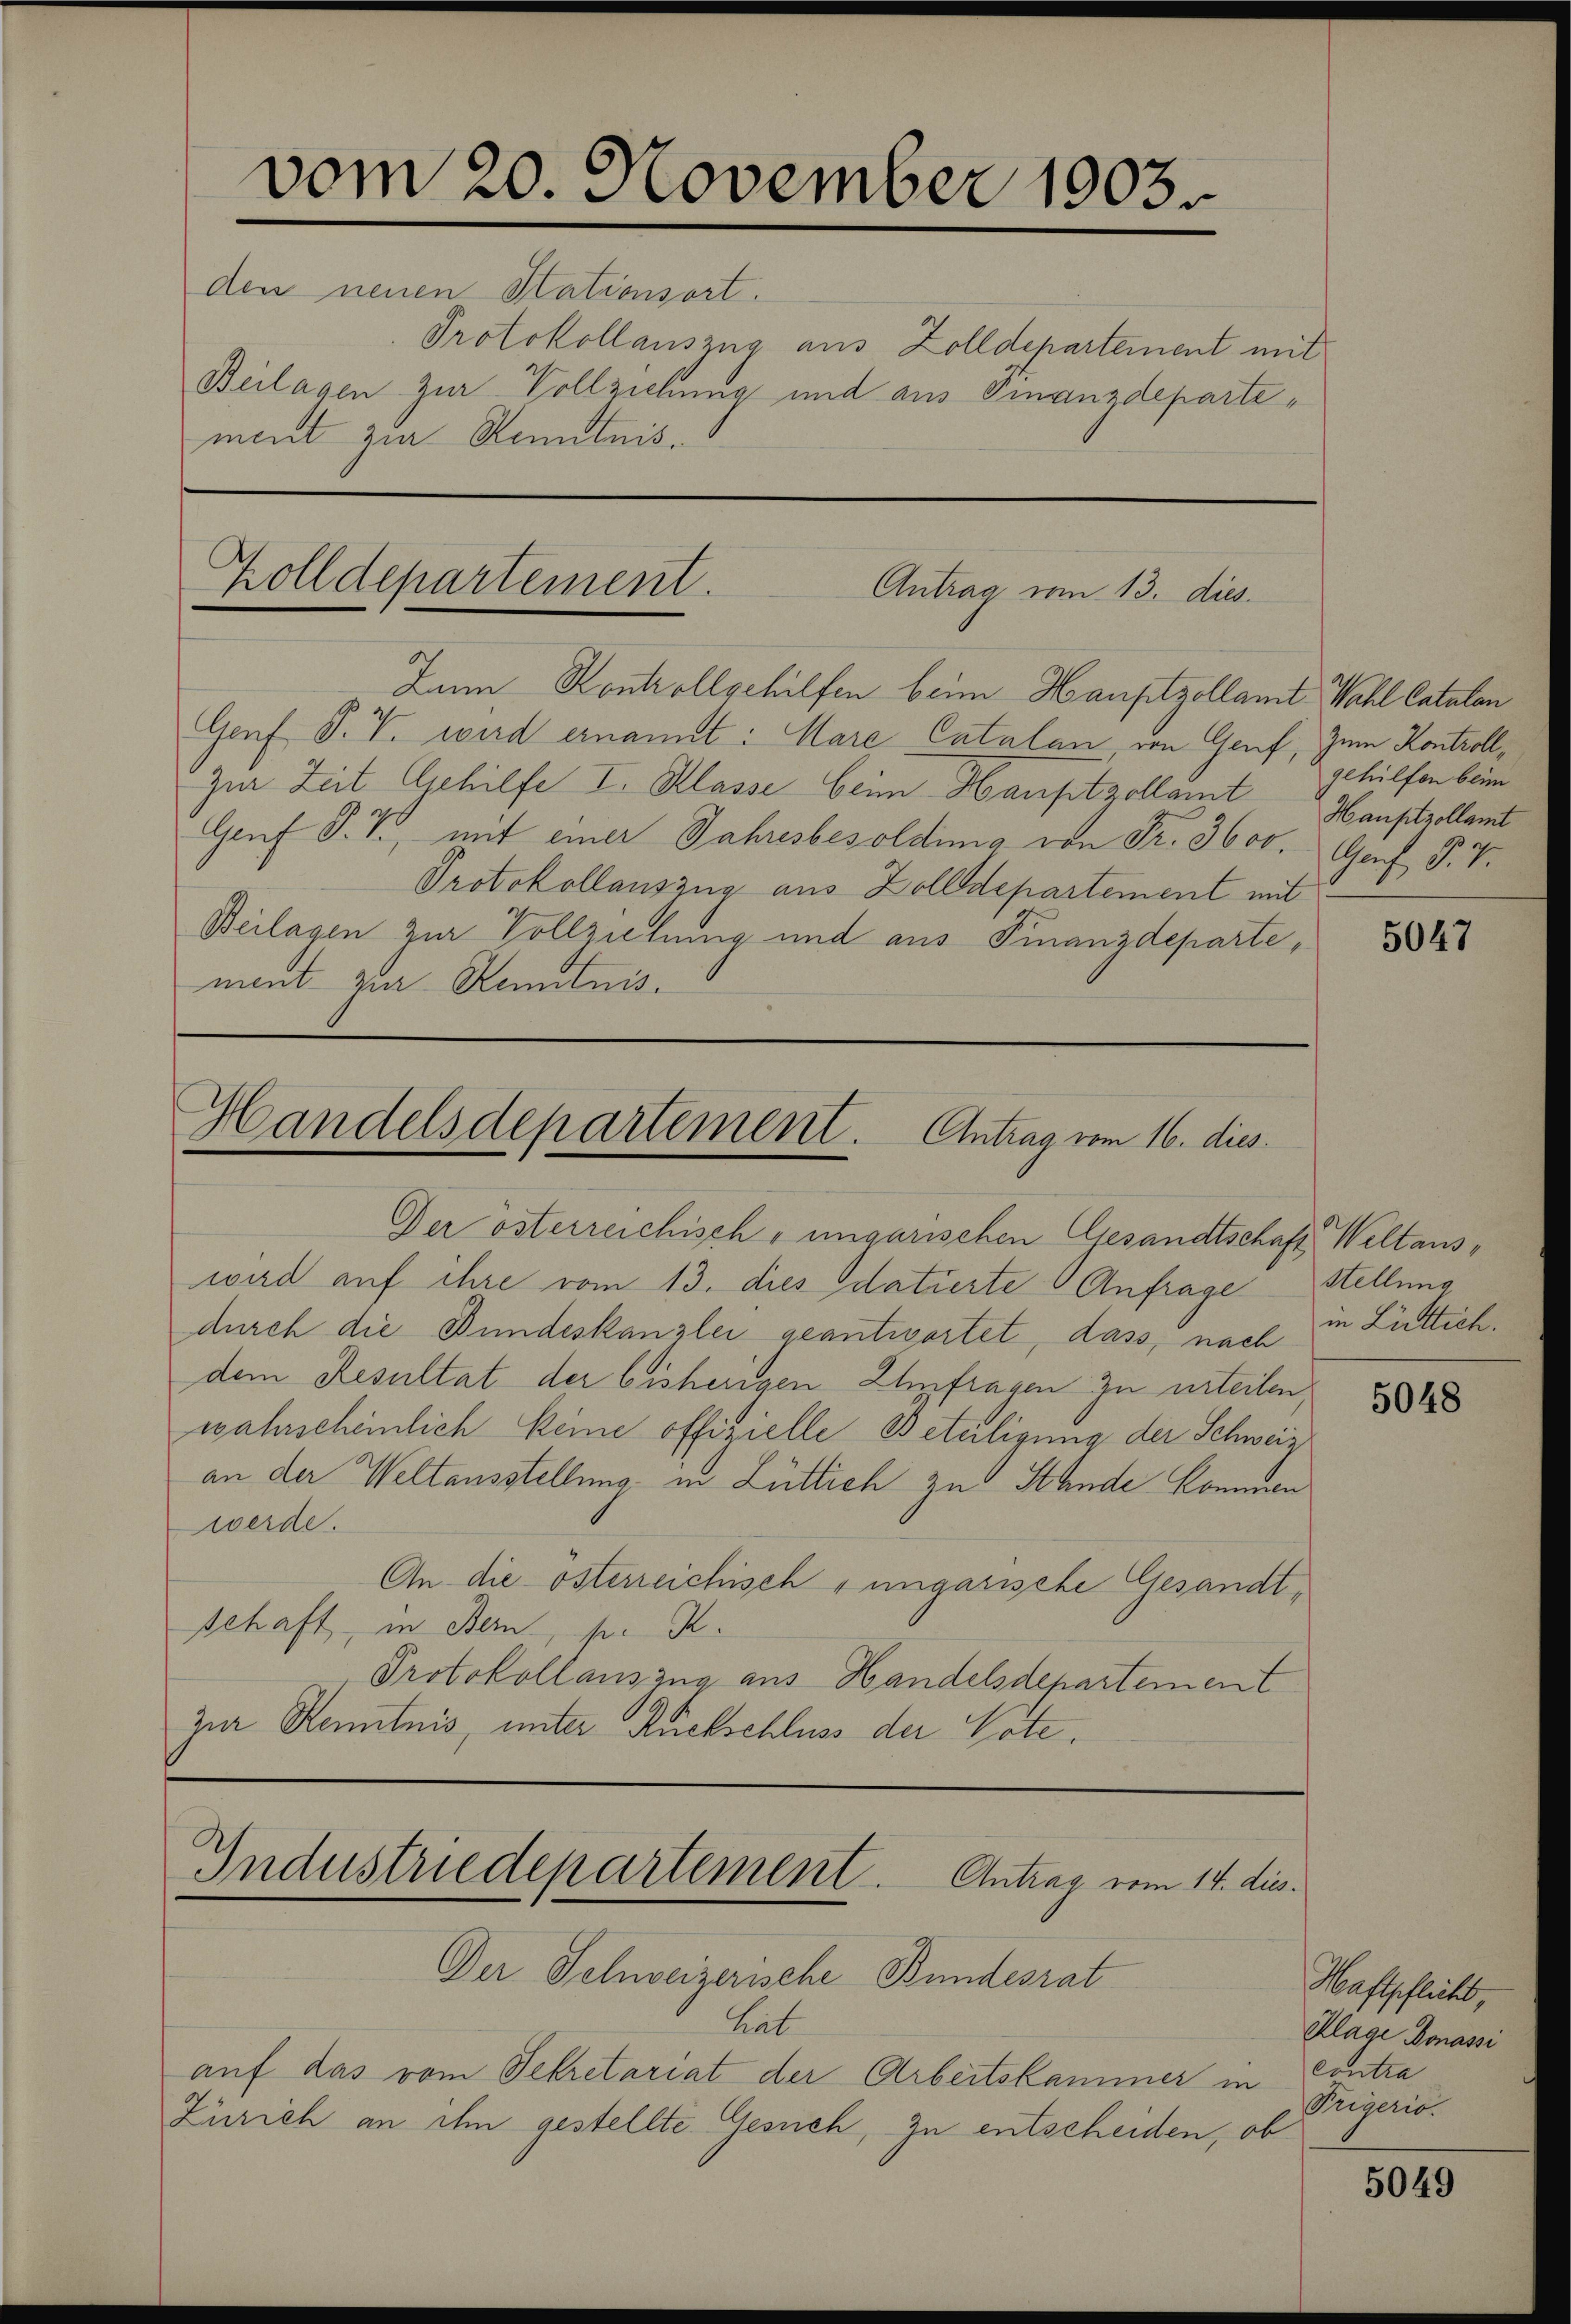
vom 20. November 1903.
den neuen Stationsort.
Protokollauszug aus Zolldepartement mit
Beilagen zur Vollziehung und aus Finanzdepartement zur Kenntnis.

Zolldepartement.
Antrag vom 13. dies

Zum Kontrollgehilfen beim Hauptzollamt Wahl Catalon
Genf P. V. wird ernannt: Mare Catalan, von Genf, Zum Kontroll,
Zur Zeit Gehilfe I. Klasse beim Hauptzollamt Hauptrollamt
Grf S. T., mit einer Jahresbesoldung von Fr. 3600. Genf, P. V.
Protokollauszug aus Zolldepartement mit
Beilagen zur Vollziehung und aus Finanzdepartement zur Kenntnis.

Der österreichisch-ungarischen Gesandtschaft Weltauswird auf ihre vom 13. dies datierte Anfrage Stellung
durch die Bundeskanzlei geantwortet, dass, nach
dem Resultat der bisherigen Umfragen zu urteilen,
wahrscheinlich keine offizielle Beteiligung der Schweiz
an der Weltausstellung in Lütlich zu Stande kommen
werde.
An die österreichisch ungarische Gesandtschaft, in Bern, pr. K.
Protokollauszug aus Handelsdepartement
zur Kenntnis, unter Rückschluss der Vote.

Der Schweizerische Bundesrat
tat
auf das vom Sekretariat der Arbeitskammer in Contra
Zürich an ihm gestellte Gesuch, zu entscheiden, ob

Handelsdepartement. Antrag vom 16. dies

Industriedepartement. Antrag vom 14. dies

gehilfen beim

5047

in Luttich.

5048

Mustehlicht,
Klage Donassi
Prigerio.

5049